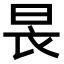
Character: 𣌪